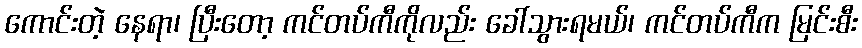
ကောင်းတဲ့ နေရာ၊ ပြီးတော့ ကင်တပ်ကီကိုလည်း ခေါ်သွားရမယ်၊ ကင်တပ်ကီက မြင်းစီး